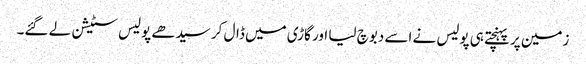
زمین پر پہنچتے ہی پولیس نے اسے دبوچ لیا اور گاڑی میں ڈال کر سیدھے پولیس سٹیشن لے گئے۔